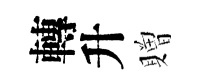
轉升贈